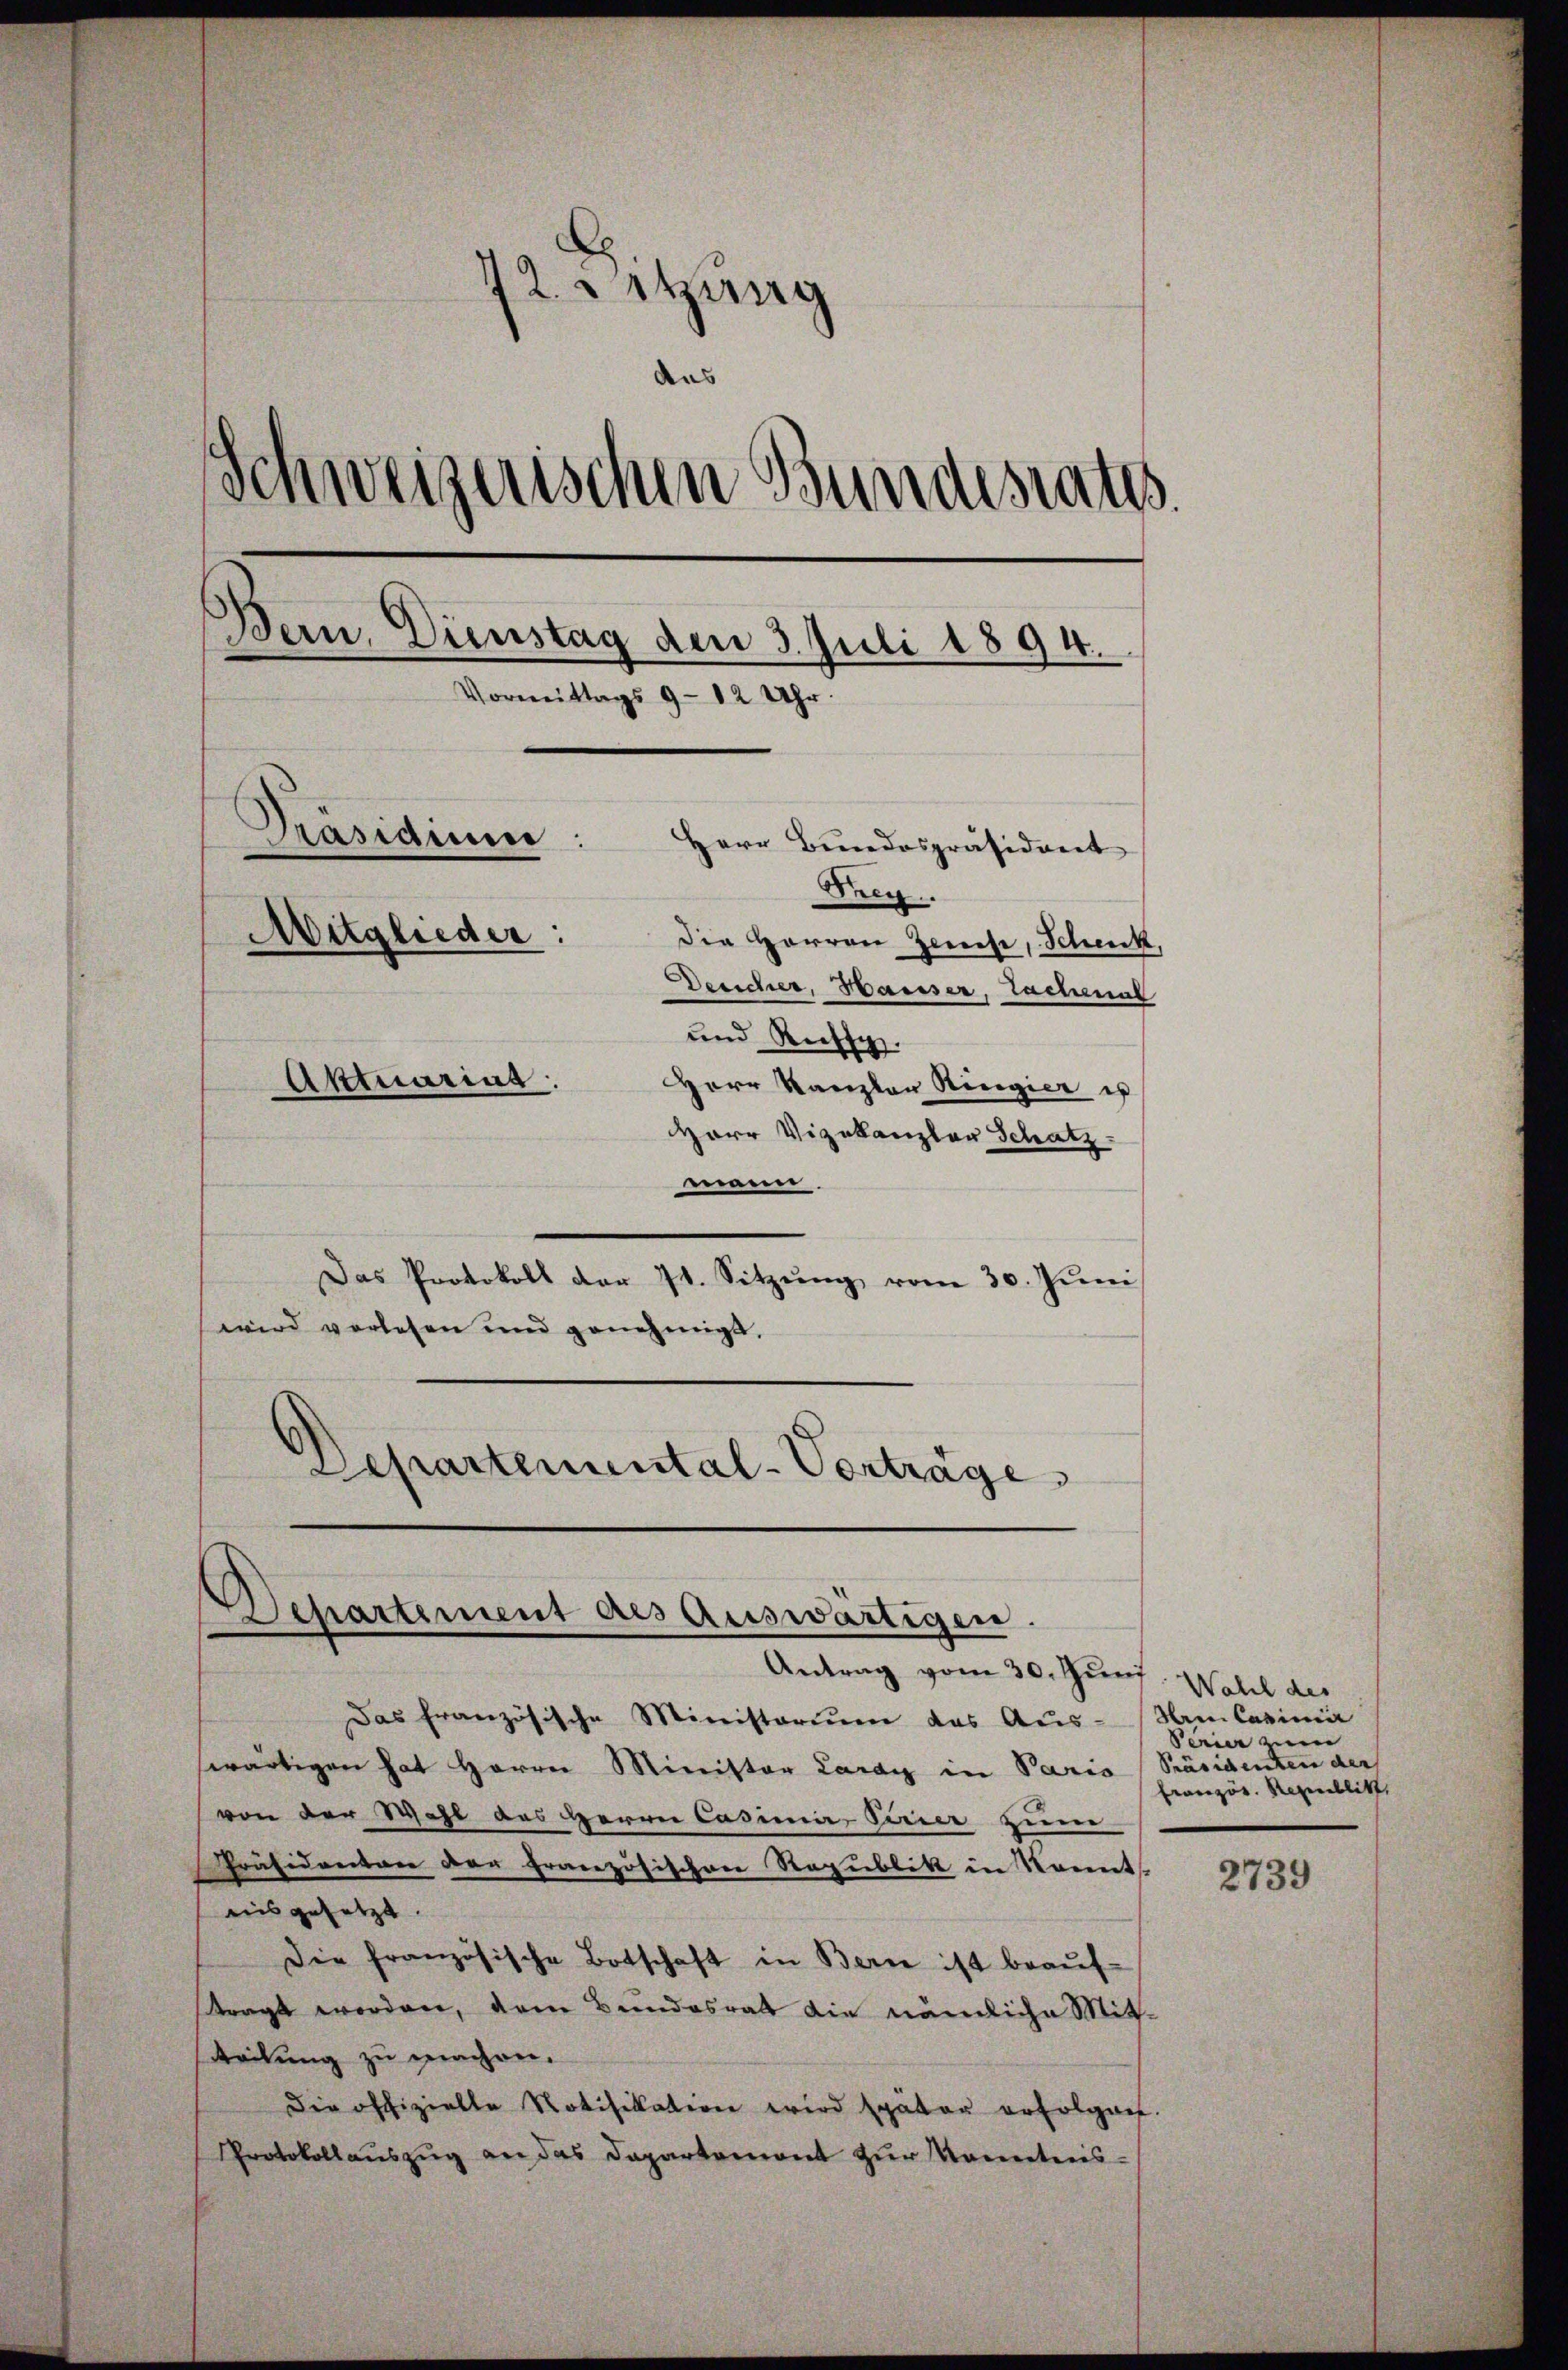
12 sitzung
aas
Schweizerischen Bundesrates
Bern, Dienstag den 3. Juli 1894.
Vormittags 9 - 12 Uhr.
Präsidium:
Herr Bundespräsident
Trey.
Mitglieder:
Die Herren Zweise, Schenk,
Desicher, Hausser, Lachenal
und Russi
Aktuarius:
Herr Kanzler Ringier es
Herr Vizekanzler Schatz

mann.
Das Protokoll der 74. Sitzŭng vom 30. Juni
wird vorlesen und genehmigt,
Departemental-Vorträge
Separtement des Auswärtigen.
Antrag vom 30. Juni. Wahl der

Das französische Ministorium das Aus-
wärtigen hat Herrn Minister Laray in Paris
von der Wahl des Herrn Casimir, Ferier zum
Präsidenten der Französischen Republik in konnt
nis gesetzt.
Die französische Botschaft in Bern ist beaŭf-
tragt worden, dem Bundesrat die nämliche Mit-
teilung zu machen.
die offizielle Notifikation wird später erfolgen.
Protokollauszug an das Departemont zur Kenntnis-

Nein Casimir
Venier in
Präsidenten der
Französ. Republik,

2739